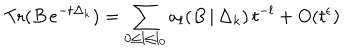
\mathrm { T r } ( B \, e ^ { - t \Delta _ { k } } ) = \sum _ { 0 { \leq } l { \leq } l _ { 0 } } a _ { l } ( B \, | \, \Delta _ { k } ) \, t ^ { - l } + O ( t ^ { \epsilon } )